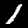
Digit: 1